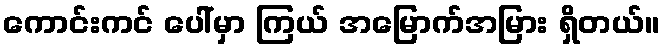
ကောင်းကင် ပေါ်မှာ ကြယ် အမြောက်အမြား ရှိတယ်။